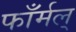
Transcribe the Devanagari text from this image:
फाँर्मल्